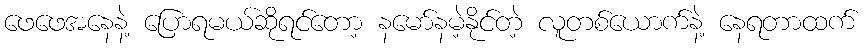
ဖေဖေအနေနဲ့ ပြောရမယ်ဆိုရင်တော့ နမော်နမဲ့နိုင်တဲ့ လူတစ်ယောက်နဲ့ နေရတာထက်